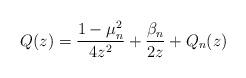
LaTeX: \begin{align*}Q(z)= \frac{1-\mu _n^2}{4 z^2}+\frac{\beta_n}{2 z}+ Q_n(z)\end{align*}